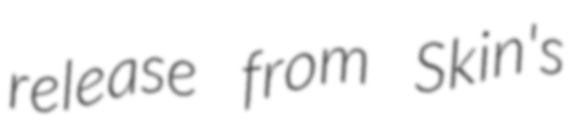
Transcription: release from Skin's